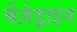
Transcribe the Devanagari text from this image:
बेंज़ेड्राइन